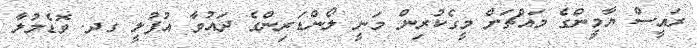
ރައީސް ޔާމީންގެ މައްޗަށް މީގެކުރިން މަނީ ލޯންޑަރިންގެ ދައުވާ އުފުލީ ގދ. ވޮޑެމުލާ